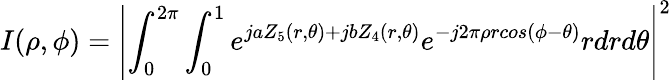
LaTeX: I(\rho,\phi)=\left|\int_{0}^{2\pi}\int_{0}^{1}e^{jaZ_{5}(r,\theta)+jbZ_{4}(r,\theta)}e^{-j2\pi\rho rcos(\phi-\theta)}rdrd\theta\right|^{2}